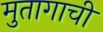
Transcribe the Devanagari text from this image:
मुतागाची